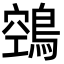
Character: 鵼